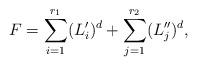
LaTeX: \begin{align*} F = \sum_{i=1}^{r_1} (L^\prime_i)^d + \sum_{j=1}^{r_2} (L^{\prime\prime}_j)^d, \end{align*}